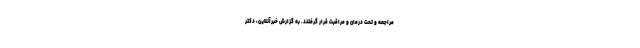
مراجعه و تحت درمان و مراقبت قرار گرفتند. به گزارش خبرآنلاین، دکتر